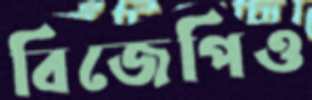
বিজেপিও